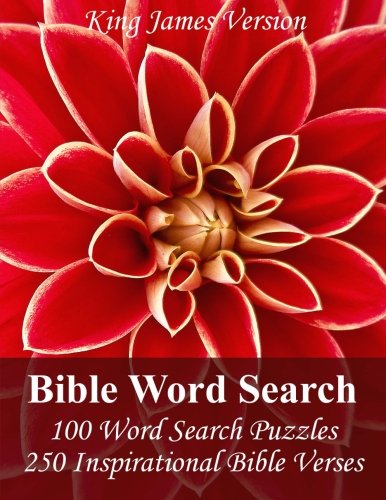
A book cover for King James Bible Word Search: 100 Word Search Puzzles with 250 Inspirational Bible Verses in Jumbo Print; PuzzleFast; Humor & Entertainment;